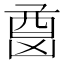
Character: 𫥦